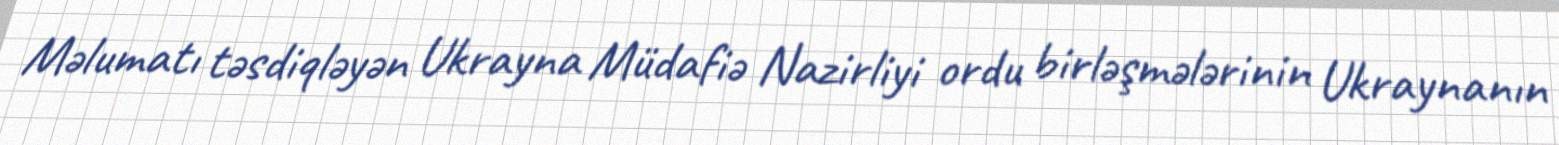
Məlumatı təsdiqləyən Ukrayna Müdafiə Nazirliyi ordu birləşmələrinin Ukraynanın